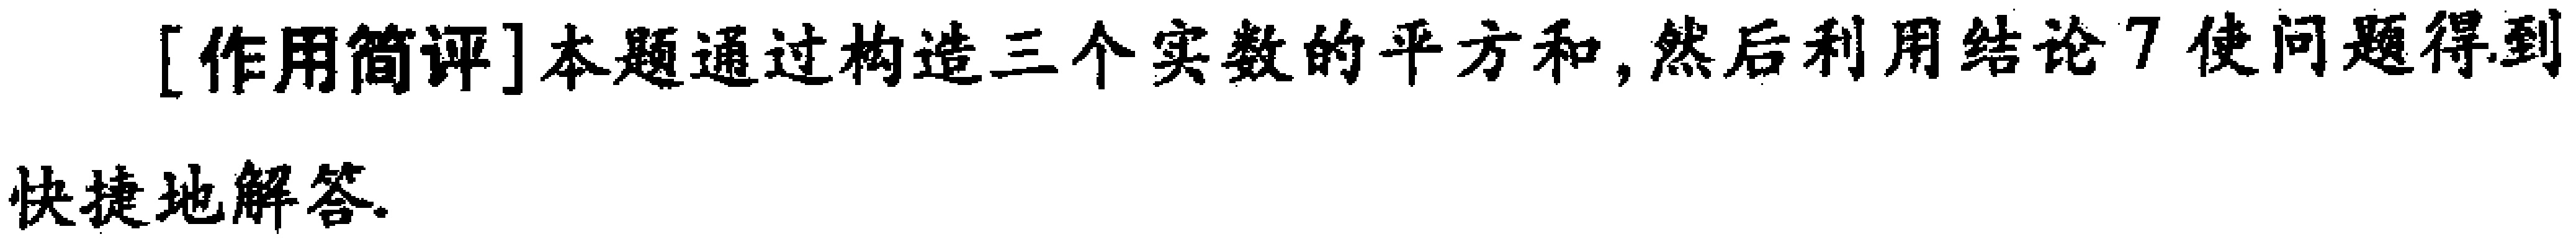
[作用简评]本题通过构造三个实数的平方和,然后利用结论7使问题得到快捷地解答.